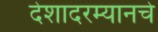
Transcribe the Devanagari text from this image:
देशादरम्यानचे